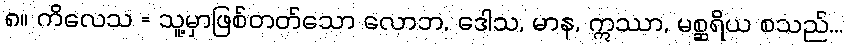
၈။ ကိလေသ = သူ့မှာဖြစ်တတ်သော လောဘ, ဒေါသ, မာန, ဣဿာ, မစ္ဆရိယ စသည်...